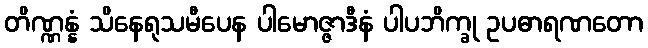
တိဏ္ဏန္နံ သိနေရုသမီပေန ပါမောဇ္ဇာဒီနံ ပါပဘိက္ခု ဥပဓာရဏတော